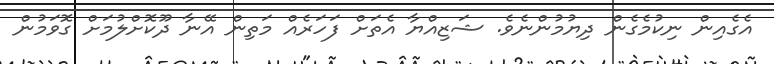
އެގެއިން ނިކުމެގެން ދިޔުމުންނެވެ. ޝަޒިއްޔާ އެތަށް ފަހަރެއް މަތިން އޭނާ ދޫކޮށްލުމަށް ގޮވަމުން